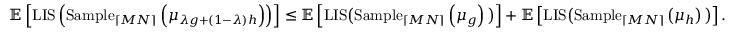
\mathbb { E } \left[ \mathrm { L I S } \left( \mathrm { S a m p l e } _ { \lceil M N \rceil } \left( \mu _ { \lambda g + ( 1 - \lambda ) h } \right) \right) \right] \leq \mathbb { E } \left[ \mathrm { L I S } \big ( \mathrm { S a m p l e } _ { \lceil M N \rceil } \left( \mu _ { g } \right) \big ) \right] + \mathbb { E } \left[ \mathrm { L I S } \big ( \mathrm { S a m p l e } _ { \lceil M N \rceil } \left( \mu _ { h } \right) \big ) \right] .